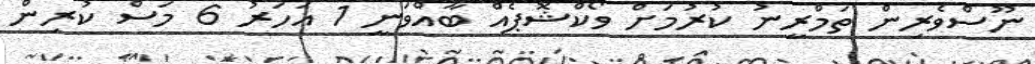
ނޫސްވެރިން ތަމްރީނު ކުރުމަށް ވޯކްޝޮޕެއް ބާއްވަނީ 1 އަހަރު 6 މަސް ކުރިން